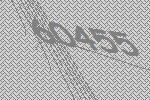
60455